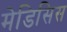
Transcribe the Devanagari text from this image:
मेडिसिस